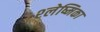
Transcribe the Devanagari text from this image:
श्‍लेष्मिका